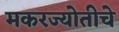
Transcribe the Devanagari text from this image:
मकरज्योतीचे